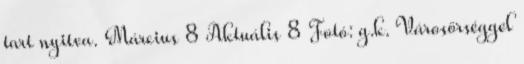
tart nyitva. Március 8 Aktuális 8 Fotó: g.k. Városőrséggel